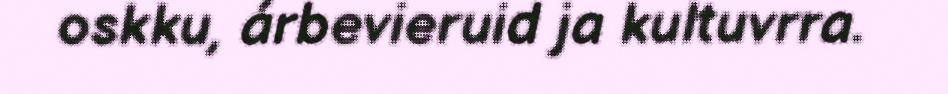
oskku, árbevieruid ja kultuvrra.